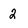
Character: 2